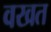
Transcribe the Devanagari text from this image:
वखत